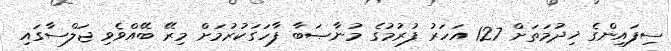
ސިފައިންގެ ޚިދުމަތަށް 127 އަހަރު ފުރުމުގެ މުނާޞަބާ ފާހަގަކުރުމަށް މިރޭ ބޭއްވެވި ޖަލްސާގައި